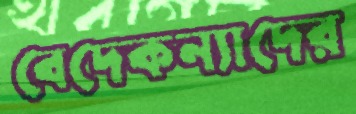
বেদেকন্যাদের